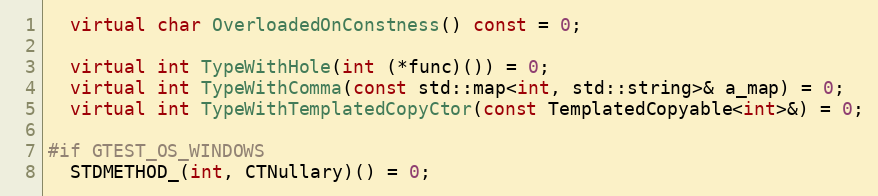
Language: C++
  virtual char OverloadedOnConstness() const = 0;

  virtual int TypeWithHole(int (*func)()) = 0;
  virtual int TypeWithComma(const std::map<int, std::string>& a_map) = 0;
  virtual int TypeWithTemplatedCopyCtor(const TemplatedCopyable<int>&) = 0;

#if GTEST_OS_WINDOWS
  STDMETHOD_(int, CTNullary)() = 0;